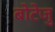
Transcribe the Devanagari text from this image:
बोटेजु